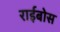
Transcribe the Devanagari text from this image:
राईबोस